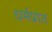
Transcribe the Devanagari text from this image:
धर्मप्रांत